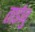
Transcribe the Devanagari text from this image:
ताईज़ु